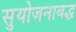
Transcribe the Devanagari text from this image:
सुयोजनाबद्ध